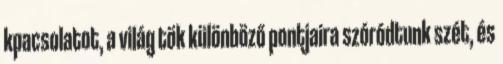
kpacsolatot, a világ tök különböző pontjaira szóródtunk szét, és